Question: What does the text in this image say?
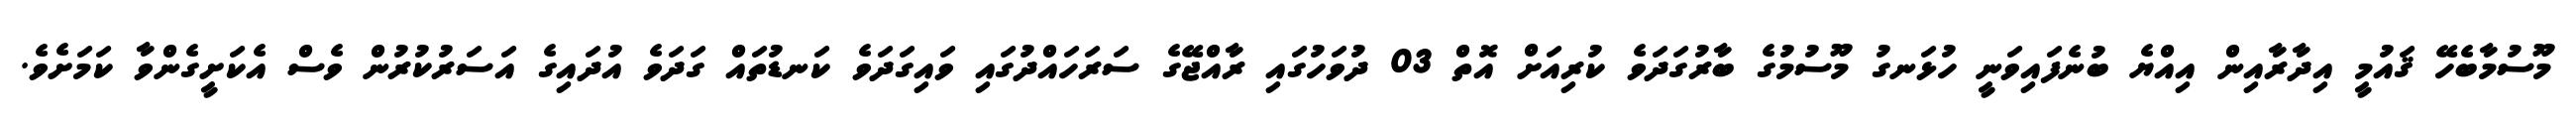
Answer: މޫސުމާބެހޭ ޤައުމީ އިދާރާއިން އިއްޔެ ބުނެފައިވަނީ ހުޅަނގު މޫސުމުގެ ބާރުގަދަވެ ކުރިއަށް އޮތް 03 ދުވަހުގައި ރާއްޖޭގެ ސަރަހައްދުގައި ވައިގަދަވެ ކަނޑުތައް ގަދަވެ އުދައިގެ އަސަރުކުރުން ވެސް އެކަށީގެންވާ ކަމަށެވެ.